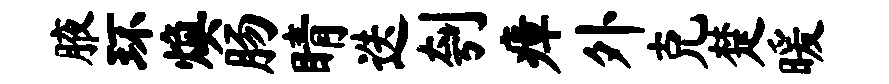
腋环焕肠睛迭刳瘴外克楚暖